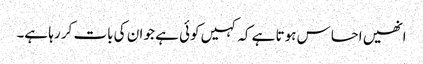
انھیں احساس ہوتا ہے کہ کہیں کوئی ہے جو ان کی بات کر رہا ہے۔